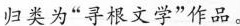
归类为”寻根文学”作品。